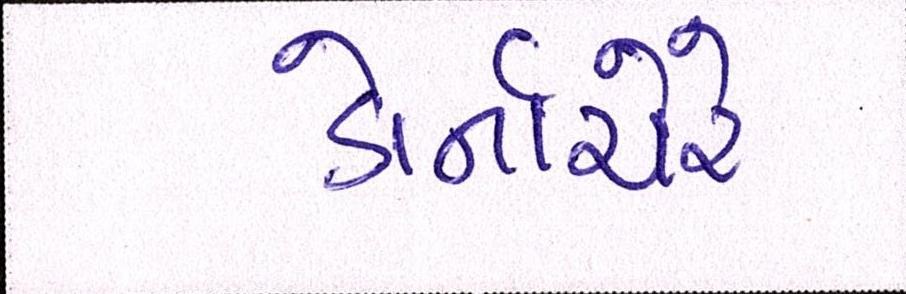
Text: ડોર્નાચેરે